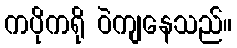
ကပိုကရို ဝဲကျနေသည်။